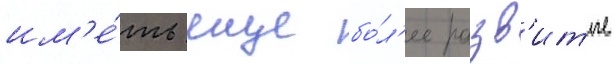
им'е́ть еще бо́л'ее разв'итые